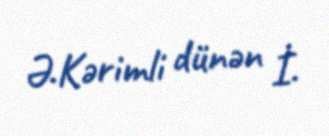
Ə.Kərimli dünən İ.